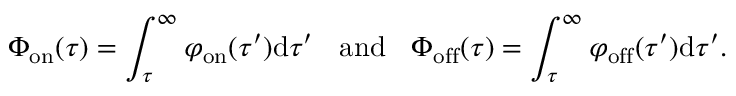
\Phi _ { \mathrm { o n } } ( \tau ) = \int _ { \tau } ^ { \infty } \varphi _ { \mathrm { \mathrm { o n } } } ( \tau ^ { \prime } ) \mathrm { d } \tau ^ { \prime } \; \; \mathrm { ~ a n d ~ } \; \; \Phi _ { \mathrm { o f f } } ( \tau ) = \int _ { \tau } ^ { \infty } \varphi _ { \mathrm { \mathrm { o f f } } } ( \tau ^ { \prime } ) \mathrm { d } \tau ^ { \prime } .